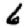
Digit: 6